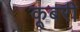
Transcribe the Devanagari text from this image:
कूबरी